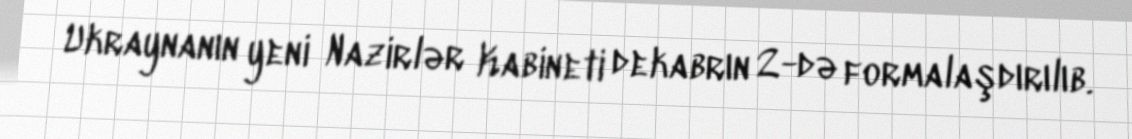
Ukraynanın yeni Nazirlər Kabineti dekabrın 2-də formalaşdırılıb.